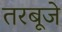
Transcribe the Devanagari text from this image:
तरबूजे